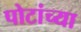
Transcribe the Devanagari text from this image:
पोटांच्या